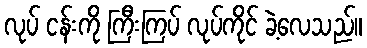
လုပ် ငန်းကို ကြီးကြပ် လုပ်ကိုင် ခဲ့လေသည်။